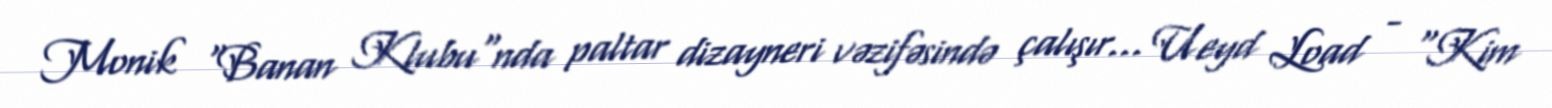
Monik "Banan Klubu"nda paltar dizayneri vəzifəsində çalışır... Ueyd Load - "Kim